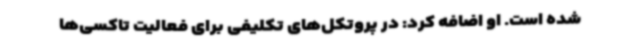
شده است. او اضافه کرد: در پروتکل‌های تکلیفی برای فعالیت تاکسی‌ها